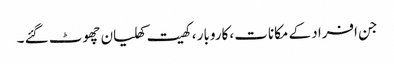
جن افراد کے مکانات ،کاروبار ، کھیت کھلیان چھوٹ گئے ۔